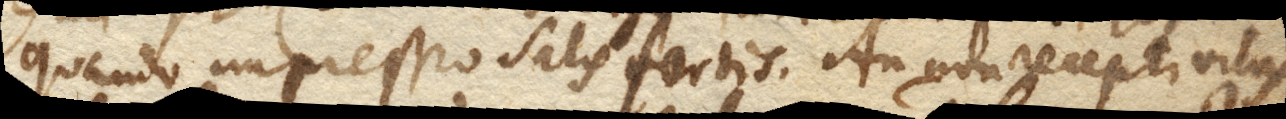
quando impressio satis fortis. An non recepti virtus